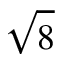
\sqrt { 8 }